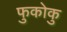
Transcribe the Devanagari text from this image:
फुकोकु